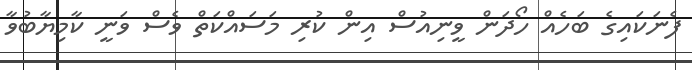
ފެނަކައިގެ ބަހެއް ހޯދަން ވީނިއުސް އިން ކުރި މަސައްކަތް ވެސް ވަނީ ކާމިޔާބުވާ